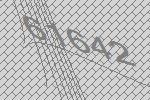
61642